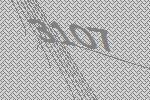
3107